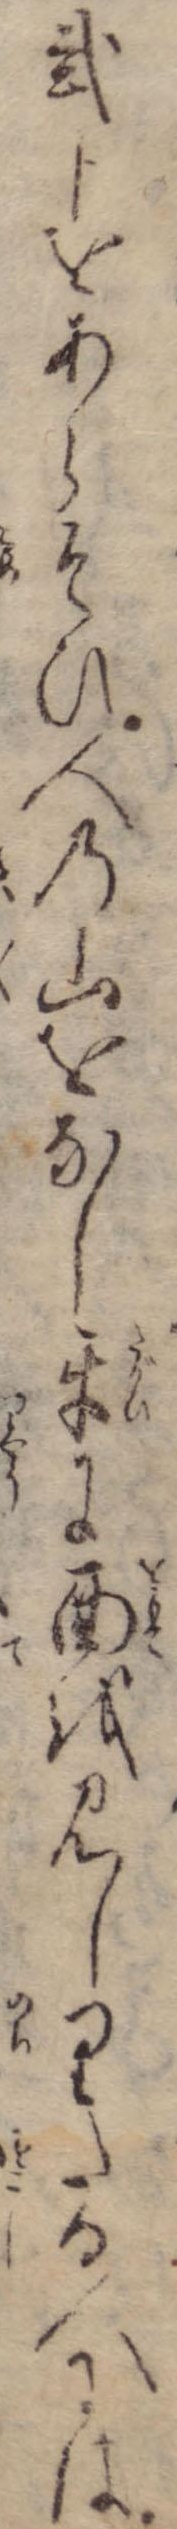
弐分をあらそひ人の山をなし互に面を見しりたる人には